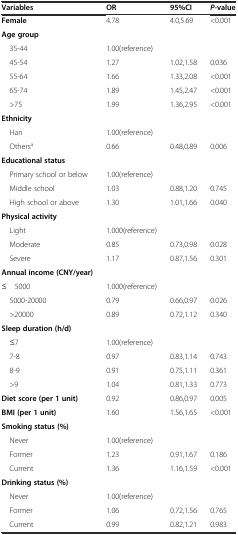
| Variables | OR | 95%CI | P-value |
 | --- | --- | --- | --- |
 | Female | 4.78 | 4.0,5.69 | <0.001 |
 | Age group |  |  |  |
 | 35-44 | 1.00(reference) |  |  |
 | 45-54 | 1.27 | 1.02,1.58 | 0.036 |
 | 55-64 | 1.66 | 1.33,2.08 | <0.001 |
 | 65-74 | 1.89 | 1.45,2.47 | <0.001 |
 | >75 | 1.99 | 1.36,2.95 | <0.001 |
 | Ethnicity |  |  |  |
 | Han | 1.00(reference) |  |  |
 | Othersa | 0.66 | 0.48,0.89 | 0.006 |
 | Educational status |  |  |  |
 | Primary school or below | 1.00(reference) |  |  |
 | Middle school | 1.03 | 0.88,1.20 | 0.745 |
 | High school or above | 1.30 | 1.01,1.66 | 0.040 |
 | Physical activity |  |  |  |
 | Light | 1.000(reference) |  |  |
 | Moderate | 0.85 | 0.73,0.98 | 0.028 |
 | Severe | 1.17 | 0.87,1.56 | 0.301 |
 | Annual income (CNY/year) |  |  |  |
 | ≤ 5000 | 1.000(reference) |  |  |
 | 5000-20000 | 0.79 | 0.66,0.97 | 0.026 |
 | >20000 | 0.89 | 0.72,1.12 | 0.340 |
 | Sleep duration (h/d) |  |  |  |
 | ≤7 | 1.00(reference) |  |  |
 | 7-8 | 0.97 | 0.83,1.14 | 0.743 |
 | 8-9 | 0.91 | 0.75,1.11 | 0.361 |
 | >9 | 1.04 | 0.81,1.33 | 0.773 |
 | Diet score (per 1 unit) | 0.92 | 0.86,0.97 | 0.005 |
 | BMI (per 1 unit) | 1.60 | 1.56,1.65 | <0.001 |
 | Smoking status (%) |  |  |  |
 | Never | 1.00(reference) |  |  |
 | Former | 1.23 | 0.91,1.67 | 0.186 |
 | Current | 1.36 | 1.16,1.59 | <0.001 |
 | Drinking status (%) |  |  |  |
 | Never | 1.00(reference) |  |  |
 | Former | 1.06 | 0.72,1.56 | 0.765 |
 | Current | 0.99 | 0.82,1.21 | 0.983 |